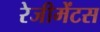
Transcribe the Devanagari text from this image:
रेजीमेंटस